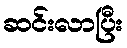
ဆင်းလာပြီး